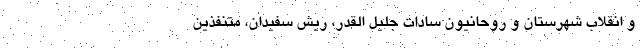
و انقلاب شهرستان و روحانیون سادات جلیل القدر، ریش سفیدان، متنفذین